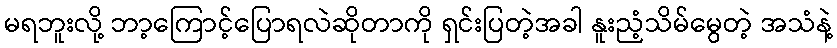
မရဘူးလို့ ဘာ့ကြောင့်ပြောရလဲဆိုတာကို ရှင်းပြတဲ့အခါ နူးညံ့သိမ်မွေတဲ့ အသံနဲ့